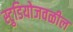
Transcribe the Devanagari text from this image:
स्टुडियोजवळील